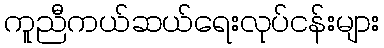
ကူညီကယ်ဆယ်ရေးလုပ်ငန်းများ